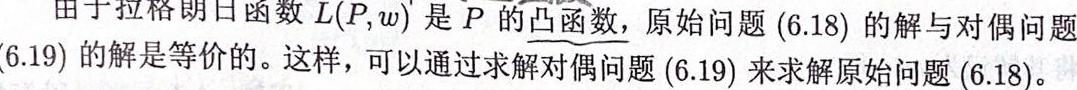
由于拉格朗日函数 $L(P,w)$ 是 $P$ 的凸函数，原始问题 $(6.18)$ 的解与对偶问题 $(6.19)$ 的解是等价的。这样，可以通过求解对偶问题 $(6.19)$ 来求解原始问题 $(6.18)$。